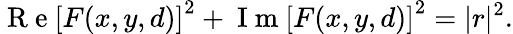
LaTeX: \mathrm{~R~e~}\left[F(x,y,d)\right]^{2}+\mathrm{~I~m~}\left[F(x,y,d)\right]^{2}=|r|^{2}.